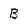
Character: B